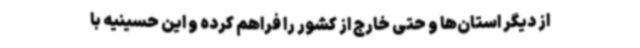
از دیگر استان‌ها و حتی خارج از کشور را فراهم کرده و این حسینیه با